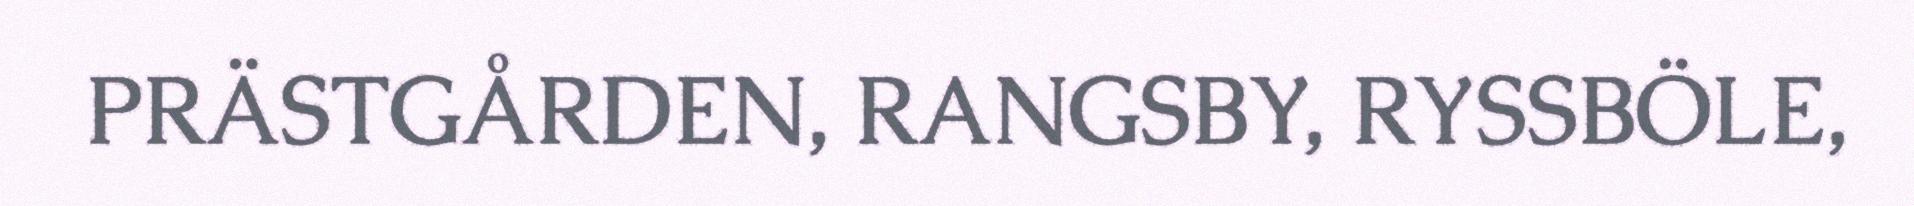
PRÄSTGÅRDEN, RANGSBY, RYSSBÖLE,